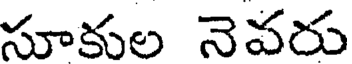
సూకుల నెవరు